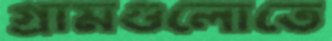
গ্রামগুলোতে